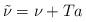
LaTeX: \begin{align*}\tilde{\nu}=\nu+Ta \end{align*}